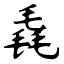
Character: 毳